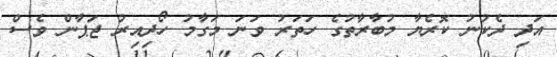
އަދި ދެކުނު ކޮރެޔާ މުބާރާތުގެ ހަތަރު ވަނަ މަގާމު ހޯދިއިރު ޖަޕާން ވެސް